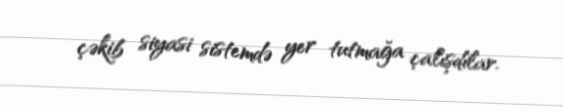
çəkib siyasi sistemdə yer tutmağa çalışdılar.